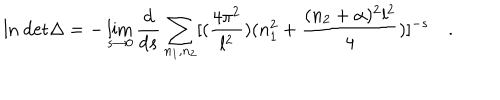
\mathrm { l n ~ d e t } \Delta = - \lim _ { s \to 0 } { \frac { d } { d s } } \sum _ { n _ { 1 } , n _ { 2 } } [ ( { \frac { 4 \pi ^ { 2 } } { l ^ { 2 } } } ) ( n _ { 1 } ^ { 2 } + { \frac { ( n _ { 2 } + \alpha ) ^ { 2 } l ^ { 2 } } { 4 } } ) ] ^ { - s } \quad .